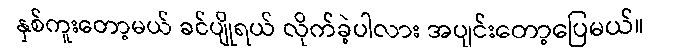
နှစ်ကူးတော့မယ် ခင်ပျိုရယ် လိုက်ခဲ့ပါလား အပျင်းတော့ပြေမယ်။